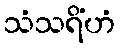
သံသရိံဟံ